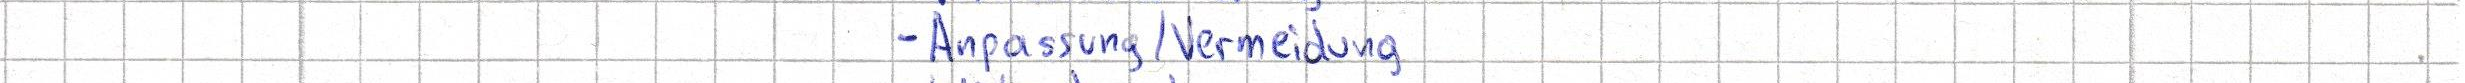
- Anpassung / Vermeidung